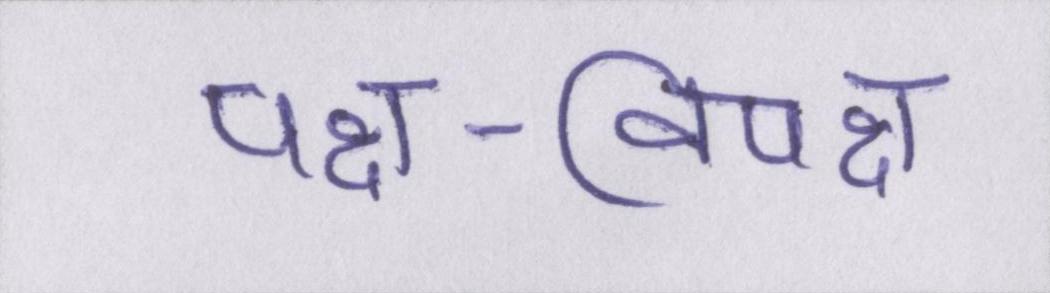
पक्ष-विपक्ष